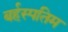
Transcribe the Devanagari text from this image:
बर्हस्पतिम